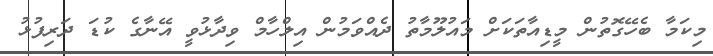
މިކަމާ ބެހޭގޮތުން މީޑިއާތަކަށް މައުލޫމާތު ދެއްވަމުން އިލްހާމް ވިދާޅުވީ އޭނާގެ ކުޑަ ދަރިފުޅު